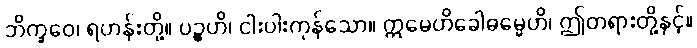
ဘိက္ခဝေ၊ ရဟန်းတို့။ ပဉ္စဟိ၊ ငါးပါးကုန်သော။ ဣမေဟိခေါဓမ္မေဟိ၊ ဤတရားတို့နှင့်။